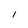
Character: 1